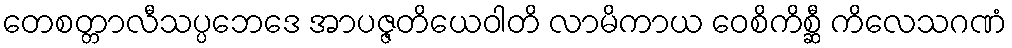
တေစတ္တာလီသပ္ပဘေဒေ အာပဇ္ဇတိယေဝါတိ လာမိကာယ ဝေစိကိစ္ဆီ ကိလေသဂဏံ